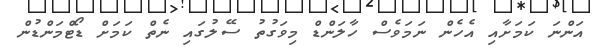
އަންނަ ކަމަށާއި އެހެން ނަމަވެސް ހާލަންޑް މިވަގުތު ސޭލުގައި ނެތް ކަމަށް ޑޯޓްމަންޑުން